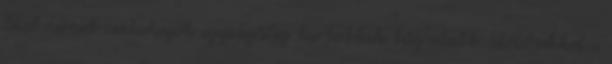
lévő német csatahajók egyidejűleg tartottak tűz alatt. Előbbiekkel a